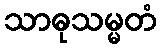
သာဓုသမ္မတံ